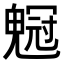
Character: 𠖡